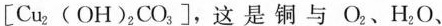
[Cu_{2}(OH)_{2}CO_{3}]，这是铜与O_{2}、H_{2}O、